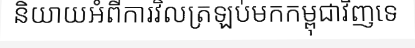
និយាយអំពីការវិលត្រឡប់មកកម្ពុជាវិញទេ